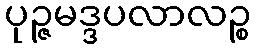
ပုဉ္ဇမဒ္ဒပလာလဉ္စ